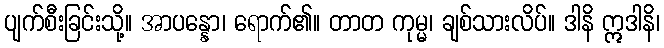
ပျက်စီးခြင်းသို့။ အာပန္နော၊ ရောက်၏။ တာတ ကုမ္မ၊ ချစ်သားလိပ်။ ဒါနိ ဣဒါနိ၊